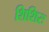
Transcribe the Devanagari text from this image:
शिशिरः